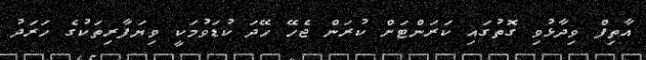
އާތިފް ވިދާޅުވި ގޮތުގައި ކަރަންޓަށް ކުރަން ޖެހޭ ހޭދަ ކުޑަވުމަކީ ވިޔަފާރިތަކުގެ ހަރަދު